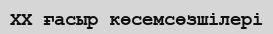
XX ғасыр көсемсөзшілері